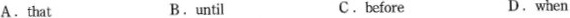
A.that B.until c.before D.when